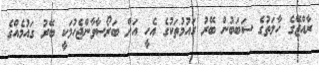
ރާއްޖޭގެ ހާލަތުގެ ސަބަބުން ބޭރު ގައުމުތަކުގެ އެހީ އަށް ބަރޯސާވާންޖެހުމަކީ ބޭރު ގައުމެއްގެ